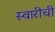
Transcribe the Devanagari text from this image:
स्वारीची